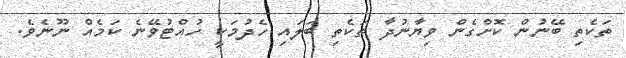
ތަކެތި ބޭނުން ކޮށްގެން ވިޔާނުދާ ތަކެތި ބަލައި ހެދުމަކީ ހުއްޓުވޭނެ ކަމެއް ނޫނެވެ.